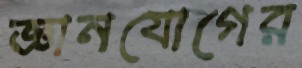
জ্ঞানযোগের